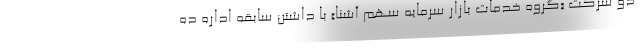
دو شرکت «گروه خدمات بازار سرمایه سهم ‌آشنا» با داشتن سابقه اداره ده